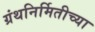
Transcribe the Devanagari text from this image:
ग्रंथनिर्मितीच्या